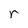
Character: r